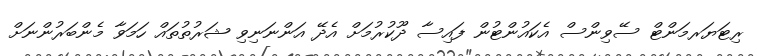
ރިޓަޔަރމަންޓް ސޭވިންސް އެކައުންޓުން ފައިސާ ދޫކުރުމަށް އެދޭ އަންނަނިވި ޝަރުތުތައް ހަމަވާ މެންބަރުންނަށް